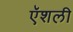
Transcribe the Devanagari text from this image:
ऍशली